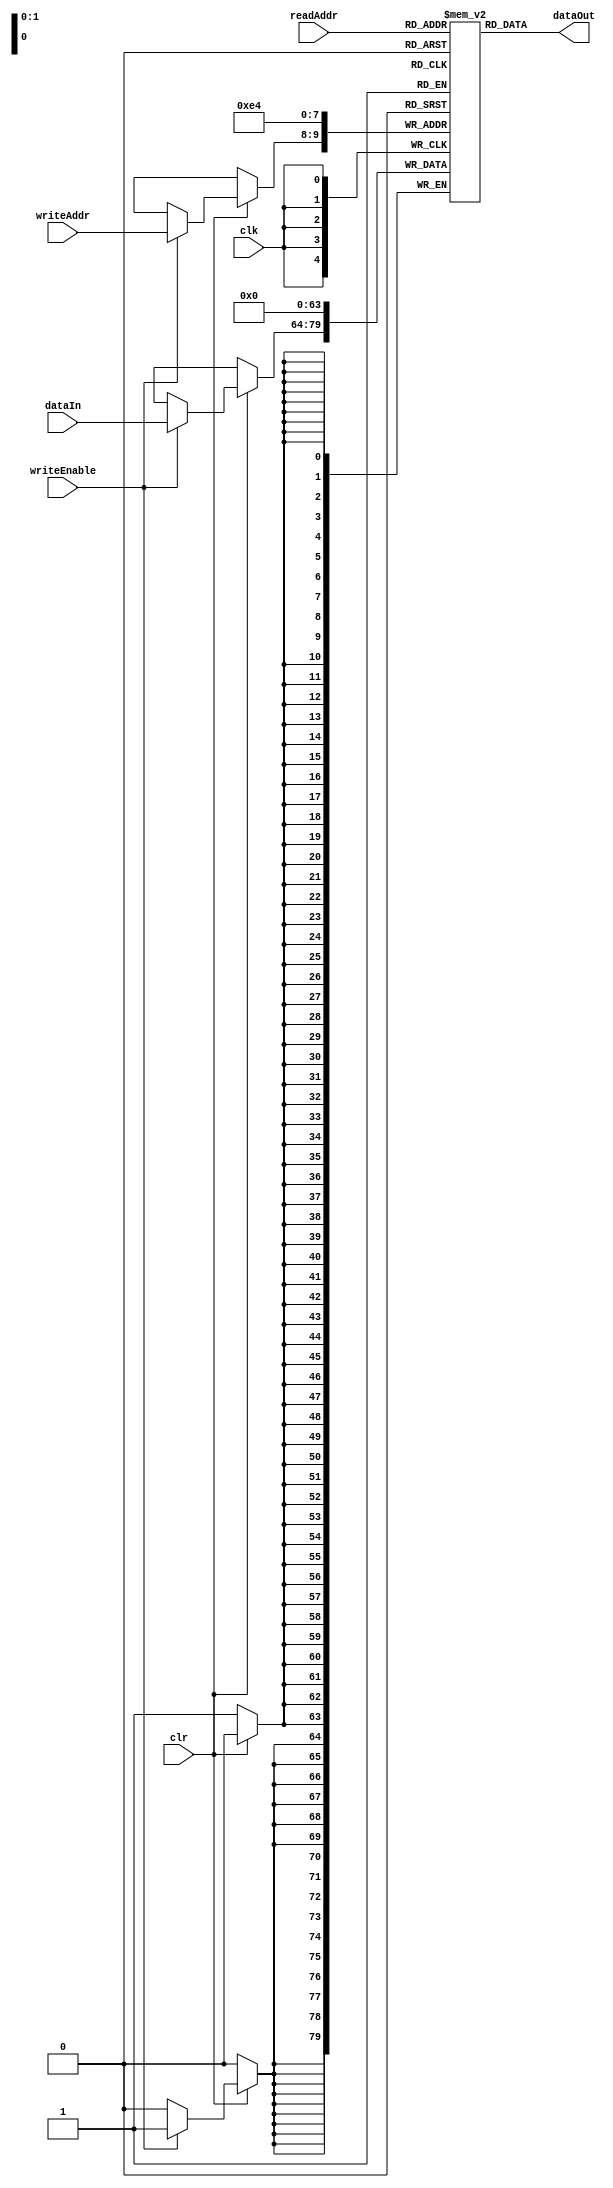
`timescale 1ns / 1ps
//////////////////////////////////////////////////////////////////////////////////
// Company: University of Kentucky
// 
// Design Name: 
// Module Name:    regArray 
// Project Name: 
// Target Devices: 
// Tool versions: 
// Description: 
//
// Dependencies: 
//
// Revision: 
// Revision 0.01 - File Created
// Additional Comments: 
//
//////////////////////////////////////////////////////////////////////////////////
module regArray(dataOut, writeEnable, clr, dataIn, readAddr, writeAddr, clk);
	parameter m = 2;
	parameter n = 16;

	input writeEnable, clr, clk;
	input [m-1:0] readAddr;
	input [m-1:0] writeAddr;
	input [n-1:0] dataIn;

	output [n-1:0] dataOut;
	
	integer i;

	reg [n-1:0] regArray [(2**m)-1:0];
	
	initial begin
		regArray[0] = 1;
		regArray[1] = 2;
		regArray[2] = 3;
		regArray[3] = 4;
	end
		
	always @(negedge(clk))
	begin	
		if(~clr) 
		begin
			for(i=0; i<2**m; i=i+1)
			begin
				regArray[i] = 0;
			end
		end				
		else if(writeEnable==1'b1)
		begin
			regArray [writeAddr] = dataIn;
		end
	end
	assign dataOut = regArray[readAddr];
endmodule